Bréfritari: Einar Bergþórsson
Viðtakandi: Jón Borgfirðings Jónsson
Dagsetning: A-1847-04-04
Skrifað á: Görðum

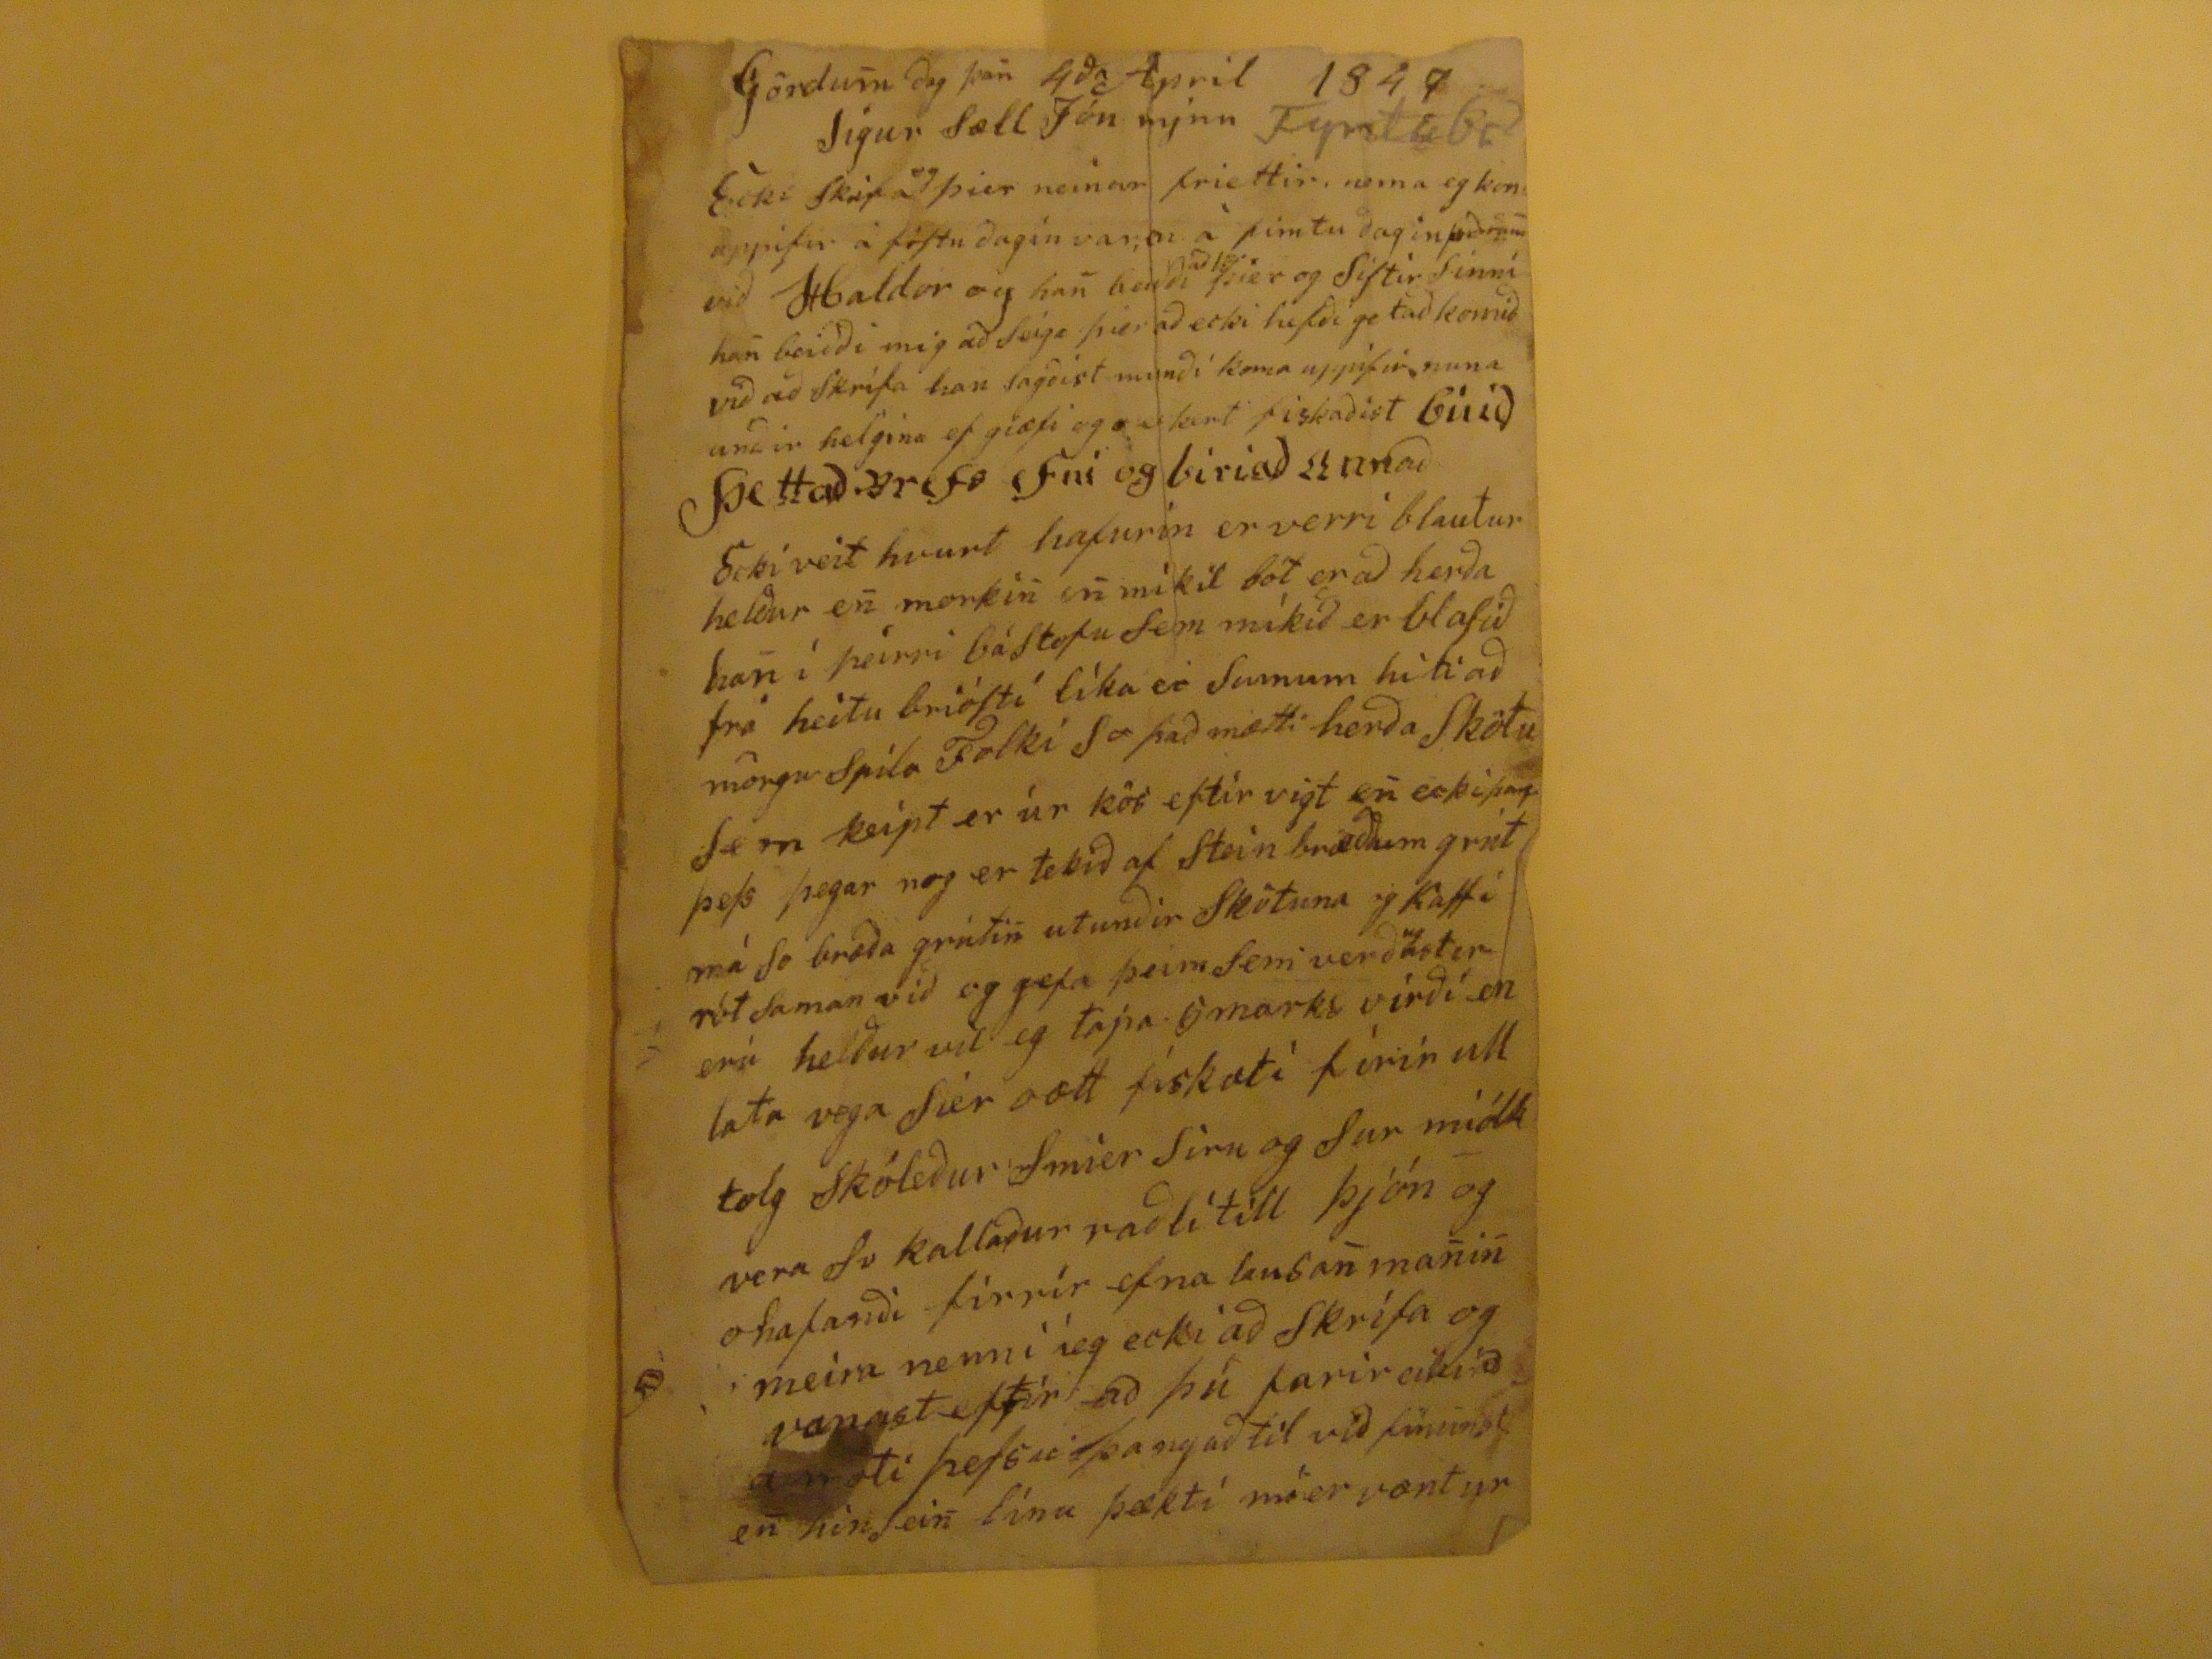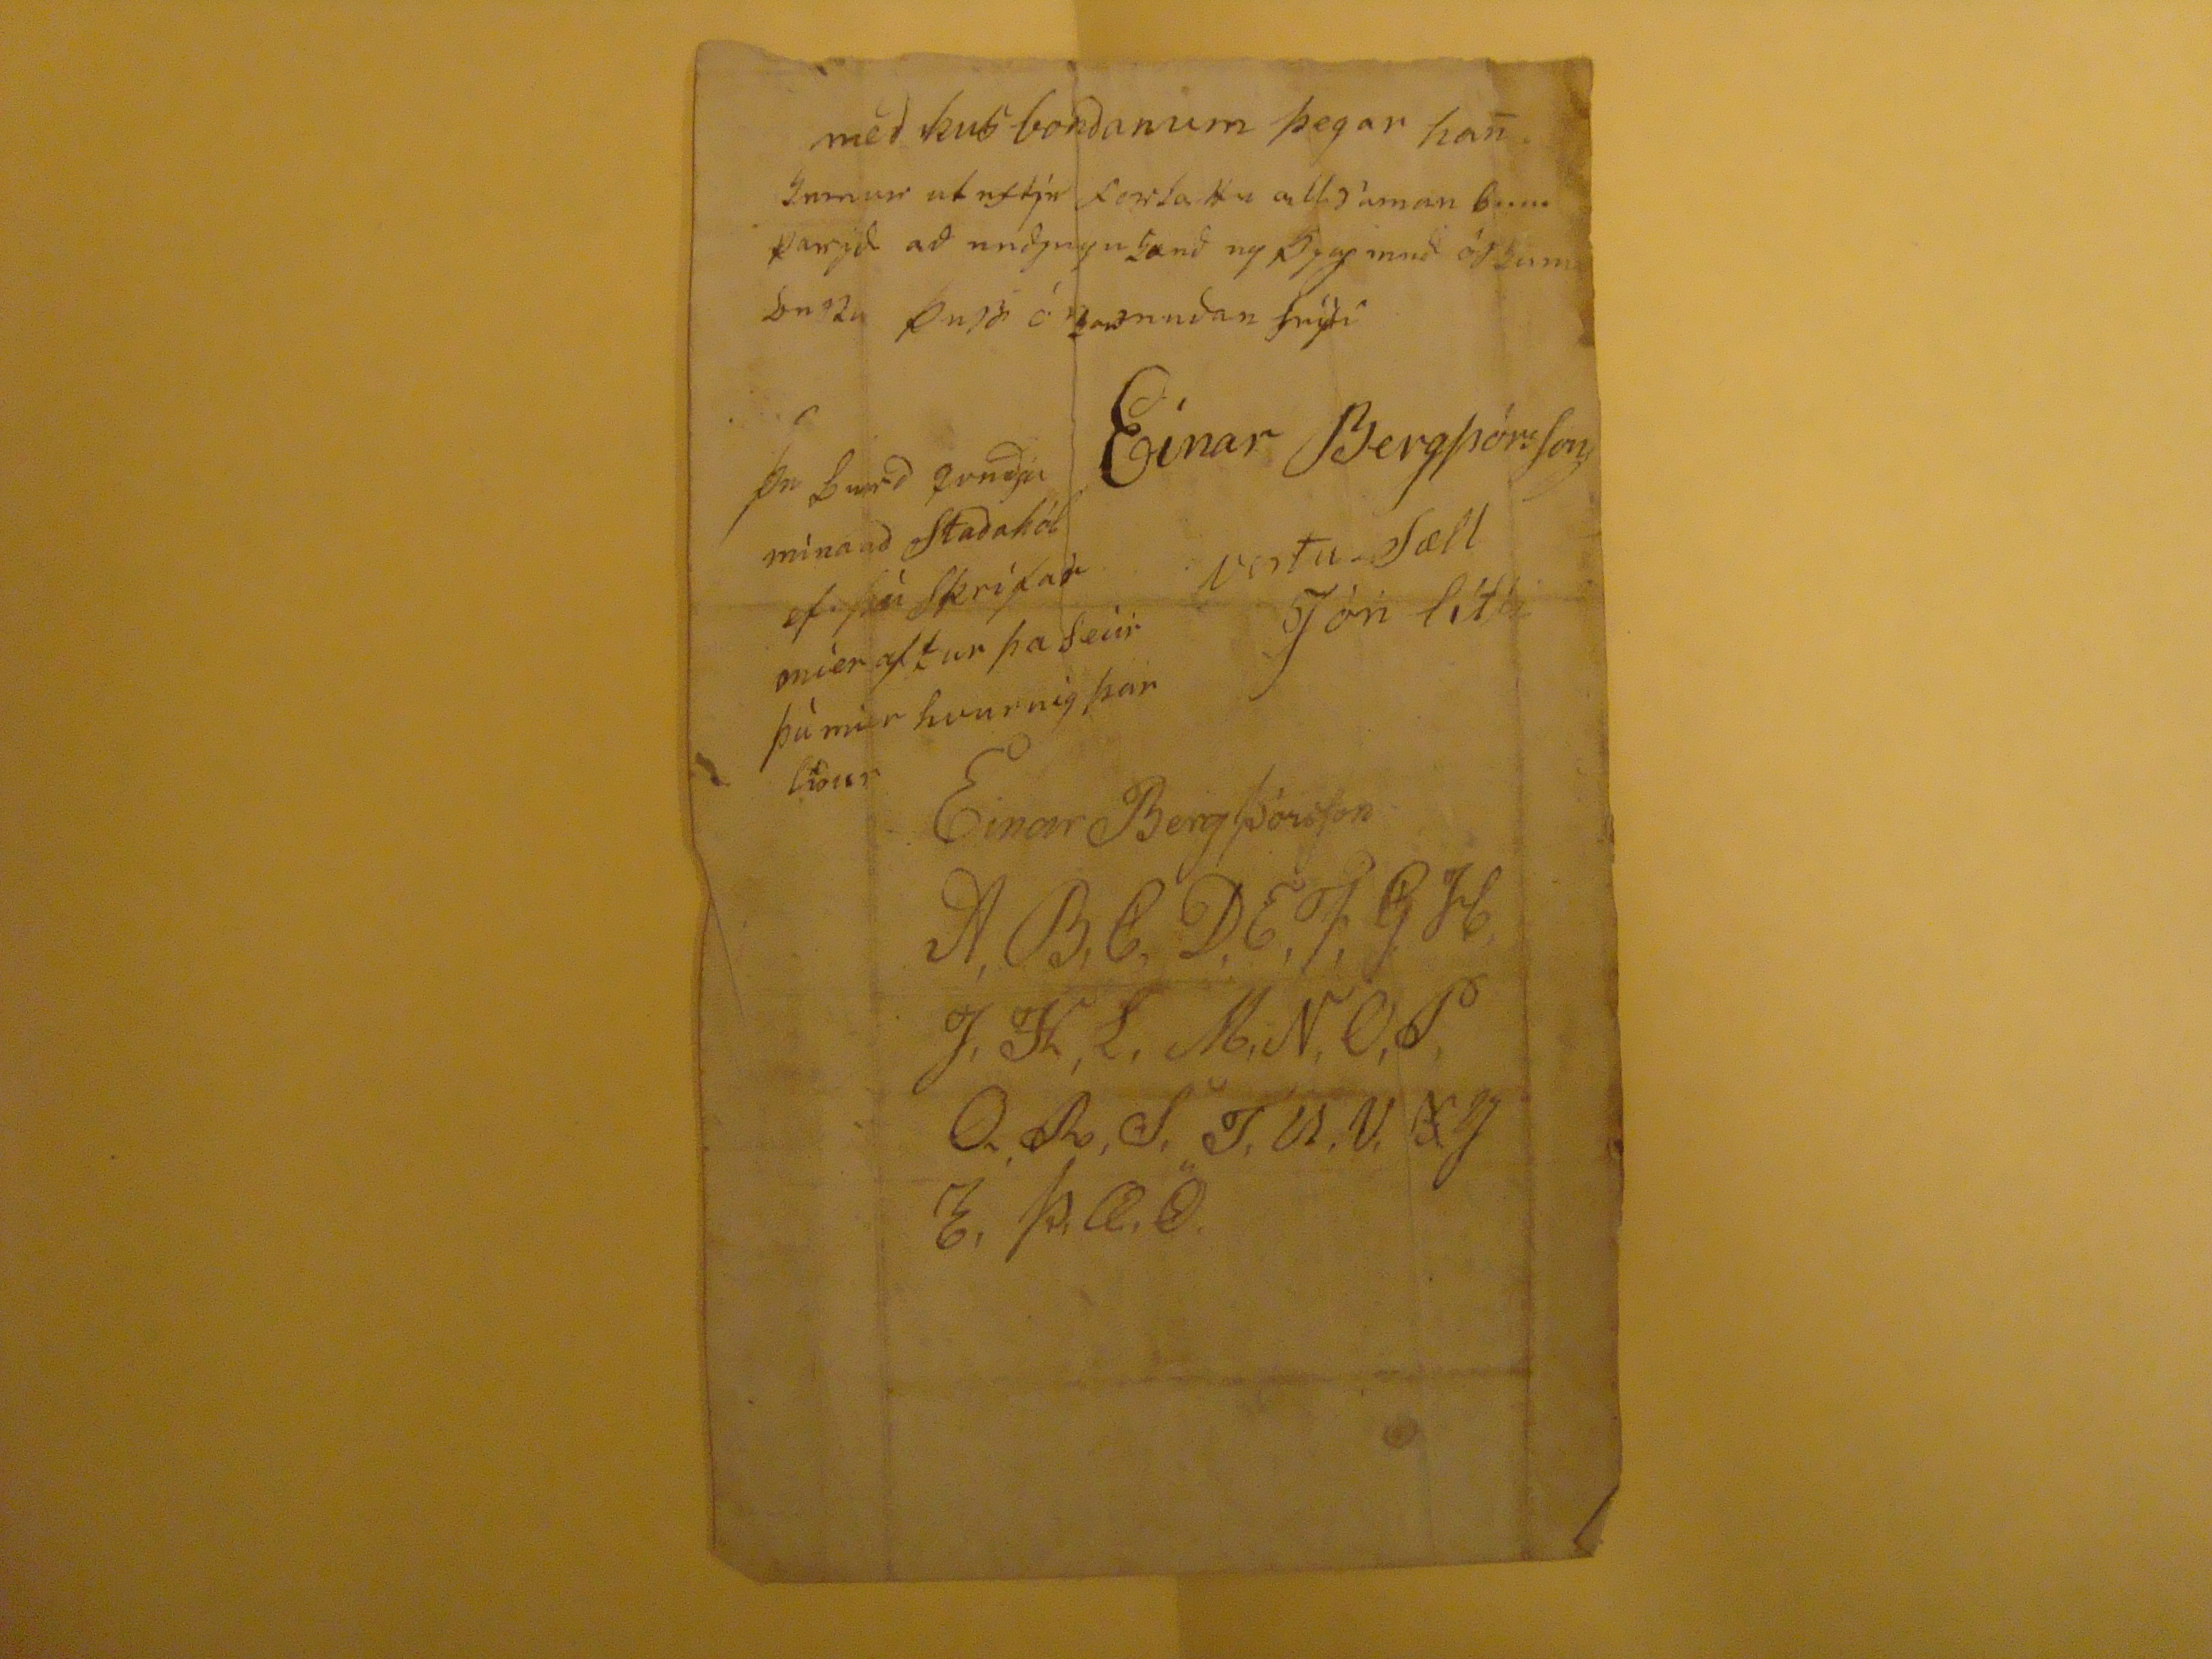

Gördu
m
dag þa
n
4
da
April 184
7
Sigur Sæll Jón mjnn
Ecki Skrifa
eg
þier neinar friettir, nema eg kon uppifir á fóstu dagin var, en á fimtu dagin
??rum
við Haldor og ha
n
bendi
að
??
þier og Sistir Sinní ha
n
beiðði mig að seiga þier að ecki hefði getað komið við að Skrifa han Sagðist munði koma uppifir nuna undir helgina ef giæfi og
eckert
fiskaðist
búið þettað brefs efni og biriað annað
Ecki veit hvurt hafurin er verri blautur heldur e
n
merki
n
mikil bót er að herða ha
n
í þeirri báStofu sem mikið er blasið frá heitu brióstí líka er Sumum hiti að mörgu Spila Folki So það mætti herða Skötu Sem keipt er úr kör eftir vigt e
n
ecki þarf þess þegar nog er tekið af Stein bræððum grút má so bræða grúti
n
utundir Skötuna og Kaffí rót Saman við og gefa þeim sem verð
ug
astir eru helður vil eg tapa 6 marks virði en lata vega Sier oætt fiskæti firir ull tilg Skóleður Smier Siru go Sur miólk vera So kallaður raðlítíll þjón og ohafanði fírrír efna lausa
n
ma
n
i
n
meira nenni íeg ecki að skrifa og vanast eftir að þú farir
ekiað a moti þefsu þangað til
við finunst e
n
hin Sei
n
línu þækti míer væntur
með hus bonðanum þegar ha
n
imnur ut eftir ???? allsaman buni varið
að undjngu
senð eg ???? sum ???????
Einar Bergþórsson
vertu Sæll jón lít
?
þu berð kveðju mína að Staðahól ef þú Skrifar mier aftur þa seiir þú mier hvurnig þar liður
Einar Bergþórsson
A,B,C,D,E,F,G,H,
I,K,L,M,N,O,P,
Q,R,S,T,U,V,XY
Z,Þ,Æ,Ö.